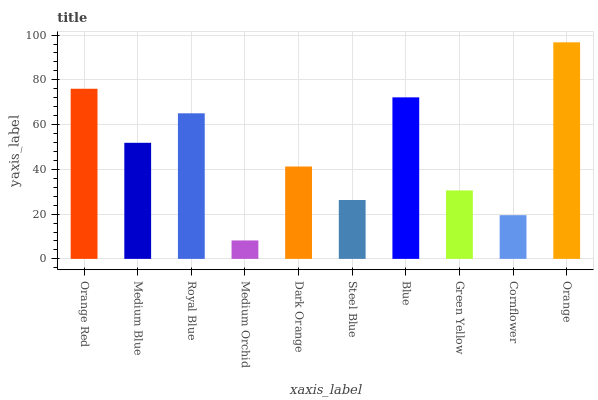
| xaxis_label | bars |
 | --- | --- |
 | Orange Red | 76 |
 | Medium Blue | 51.9 |
 | Royal Blue | 65 |
 | Medium Orchid | 8.23 |
 | Dark Orange | 41.3 |
 | Steel Blue | 26.3 |
 | Blue | 72.2 |
 | Green Yellow | 30.6 |
 | Cornflower | 19.5 |
 | Orange | 96.8 |